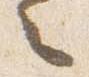
々